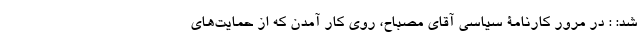
شد: : در مرور کارنامۀ سیاسی آقای مصباح، روی کار آمدن که از حمایت‌های